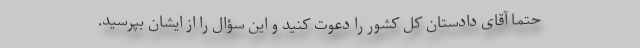
حتماً آقای دادستان کل کشور را دعوت کنید و این سؤال را از ایشان بپرسید.